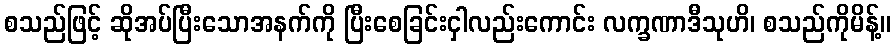
စသည်ဖြင့် ဆိုအပ်ပြီးသောအနက်ကို ပြီးစေခြင်းငှါလည်းကောင်း လက္ခဏာဒီသုဟိ၊ စသည်ကိုမိန့်။